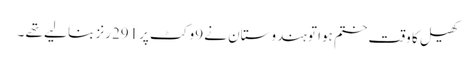
کھیل کا وقت ختم ہوا تو ہندوستان نے 9وکٹ پر291رنز بنا لیے تھے ۔